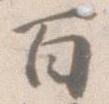
百